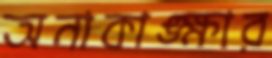
অনাকাঙ্ক্ষার